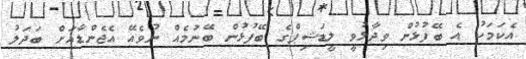
އެކަމަކު އެ ބޭފުޅުން ވިދާޅުވީ ލީޑަޝިޕްގެ ބޭފުޅުން ބޭނުމެއް ނުވެއޭ އެޖެންޑާއަށް ބަދަލު